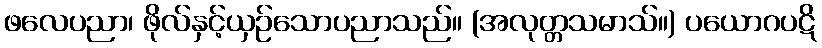
ဖလေပညာ၊ ဖိုလ်နှင့်ယှဉ်သောပညာသည်။ (အလုတ္တသမာသ်။) ပယောဂပဋိ